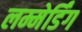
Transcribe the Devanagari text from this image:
लम्मेर्डिंग